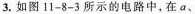
3.如图11-8-3所示的电路中，在a、